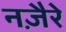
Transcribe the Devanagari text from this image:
नज़ैरे